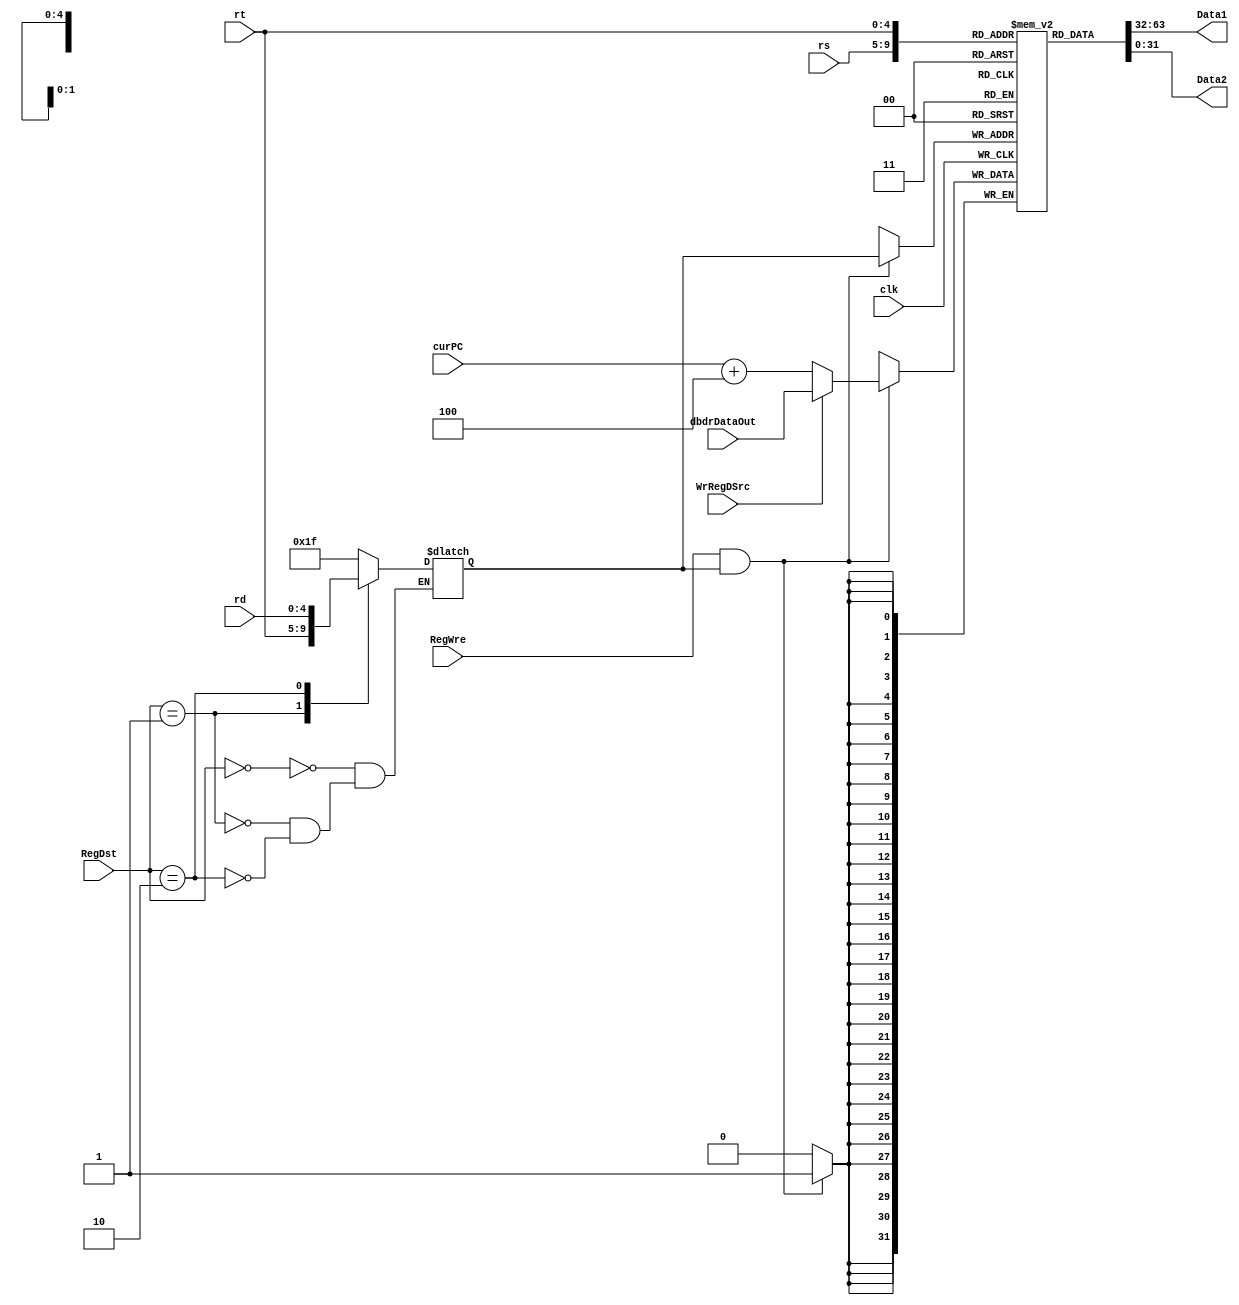
`timescale 1ns / 1ps
//////////////////////////////////////////////////////////////////////////////////
// Company: 
// Engineer: 
// 
// Design Name: 
// Module Name: RegisterFile
// Project Name: 
// Target Devices: 
// Tool Versions: 
// Description: 
// 
// Dependencies: 
// 
// Revision:
// Revision 0.01 - File Created
// Additional Comments:
// 
//////////////////////////////////////////////////////////////////////////////////


module RegisterFile(
    input clk,
    input [31:0] curPC,
    input RegWre,
    input [1:0] RegDst,
    input [4:0] rs,
    input [4:0] rt,
    input [4:0] rd,
    input WrRegDSrc, 
    input [31:0] dbdrDataOut,
    output [31:0] Data1,
    output [31:0] Data2
    );
    reg [4:0] writeReg;
    wire [31:0] writeData;

    always @(RegDst or rt or rd) begin
        case (RegDst)
            0: writeReg = 5'b11111;
            1: writeReg = rt;
            2: writeReg = rd;
        endcase
    end
    
    // if WrRegDSrc == 0, then write $31 = pc + 4
    assign writeData = WrRegDSrc ? dbdrDataOut : curPC + 4;
    //assign writeReg = RegDst ? rd : rt;
    
    reg [31:0] register[0:31];

    integer i;
    initial begin
        for (i = 0; i < 32; i = i + 1) register[i] <= 0;
    end

    // output
    assign Data1 = register[rs];
    assign Data2 = register[rt];

    // Write Reg 
    always @(negedge clk) begin
        // prevent data from writing into register 0
        if (RegWre && writeReg) register[writeReg] <= writeData;
    end
endmodule